Document type: Sale
Year: 1461
Scribe: [Unknown]
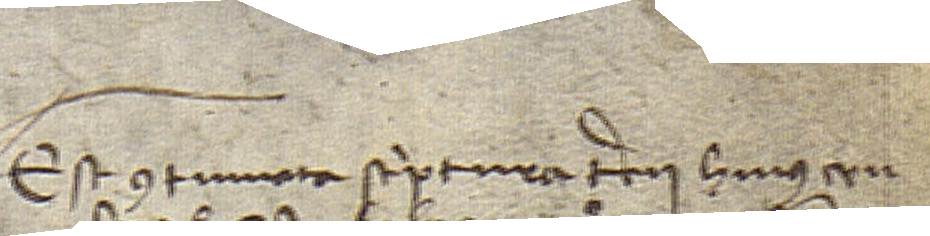
Est continuata scriptura tercii huius cen-